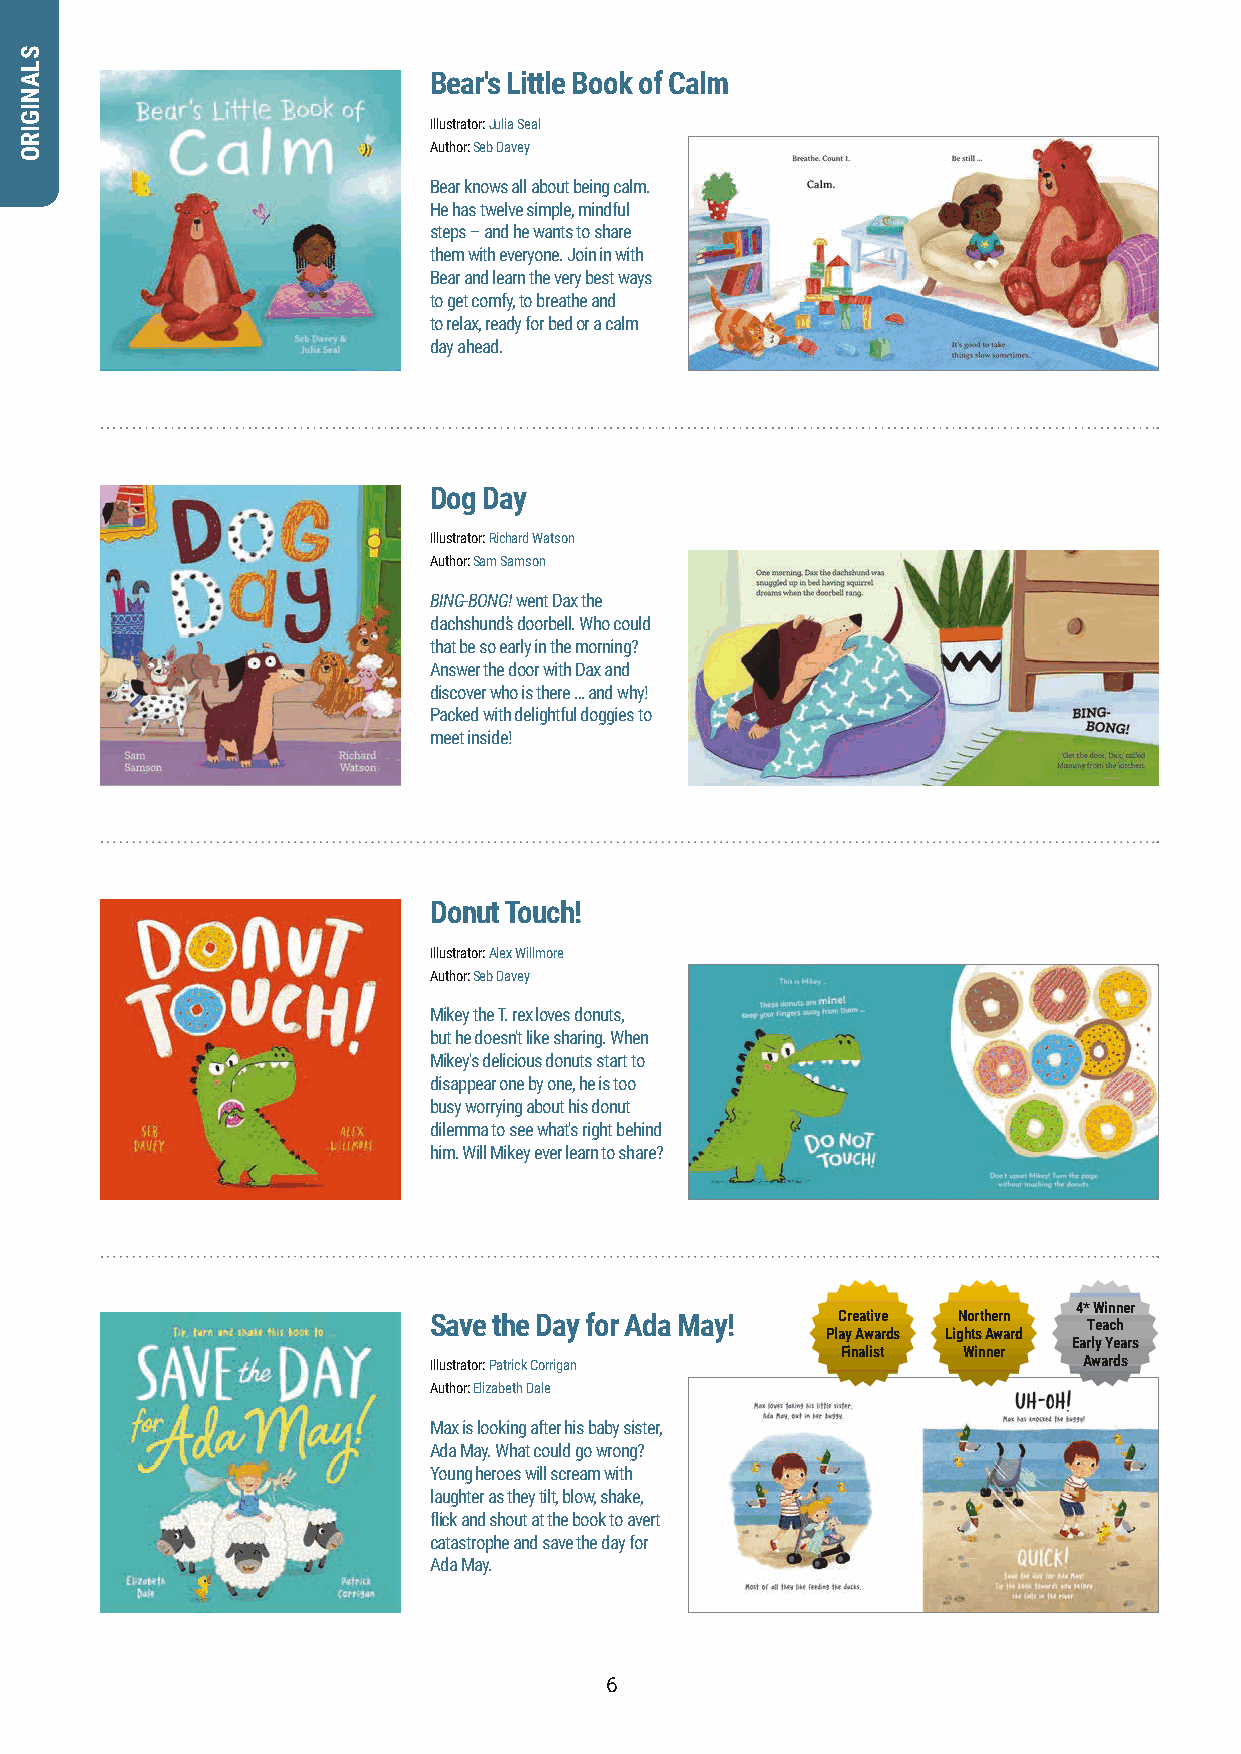
Bear's Little Book of Calm
 Illustrator: Julia Seal
 Author: Seb Davey
 Bear knows all about being calm.
 He has twelve simple, mindful
 steps – and he wants to share
 them with everyone. Join in with
 Bear and learn the very best ways
 to get comfy, to breathe and
 to relax, ready for bed or a calm
 day ahead.
 Dog Day
 Illustrator: Richard Watson
 Author: Sam Samson
 BING-BONG! went Dax the
 dachshund’s doorbell. Who could
 that be so early in the morning?
 Answer the door with Dax and
 discover who is there … and why!
 Packed with delightful doggies to
 meet inside!
 Donut Touch!
 Illustrator: Alex Willmore
 Author: Seb Davey
 Mikey the T. rex loves donuts,
 but he doesn't like sharing. When
 Mikey's delicious donuts start to
 disappear one by one, he is too
 busy worrying about his donut
 dilemma to see what's right behind
 him. Will Mikey ever learn to share?
 4* Winner
 Save the Day for Ada May!  Creative Northern Teach
 Play Awards Lights Award
 Early Years
 Finalist Winner
 Illustrator: Patrick Corrigan               Awards
 Author: Elizabeth Dale
 Max is looking after his baby sister,
 Ada May. What could go wrong?
 Young heroes will scream with
 laughter as they tilt, blow, shake,
 flick and shout at the book to avert
 catastrophe and save the day for
 Ada May.
 6
 SLANIGIRO